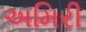
અમિરી